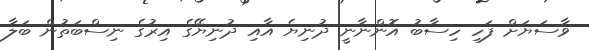
ވާސަޔަށް ފަހި ހިސާބު އޮންނާނީ ދުނިޔެ އާއި ދުނިޔޭގެ އިރުގެ ނިސްބަތުން ބަލާ